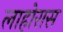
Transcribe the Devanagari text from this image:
लाहोरास